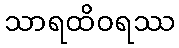
သာရထိဝရဿ